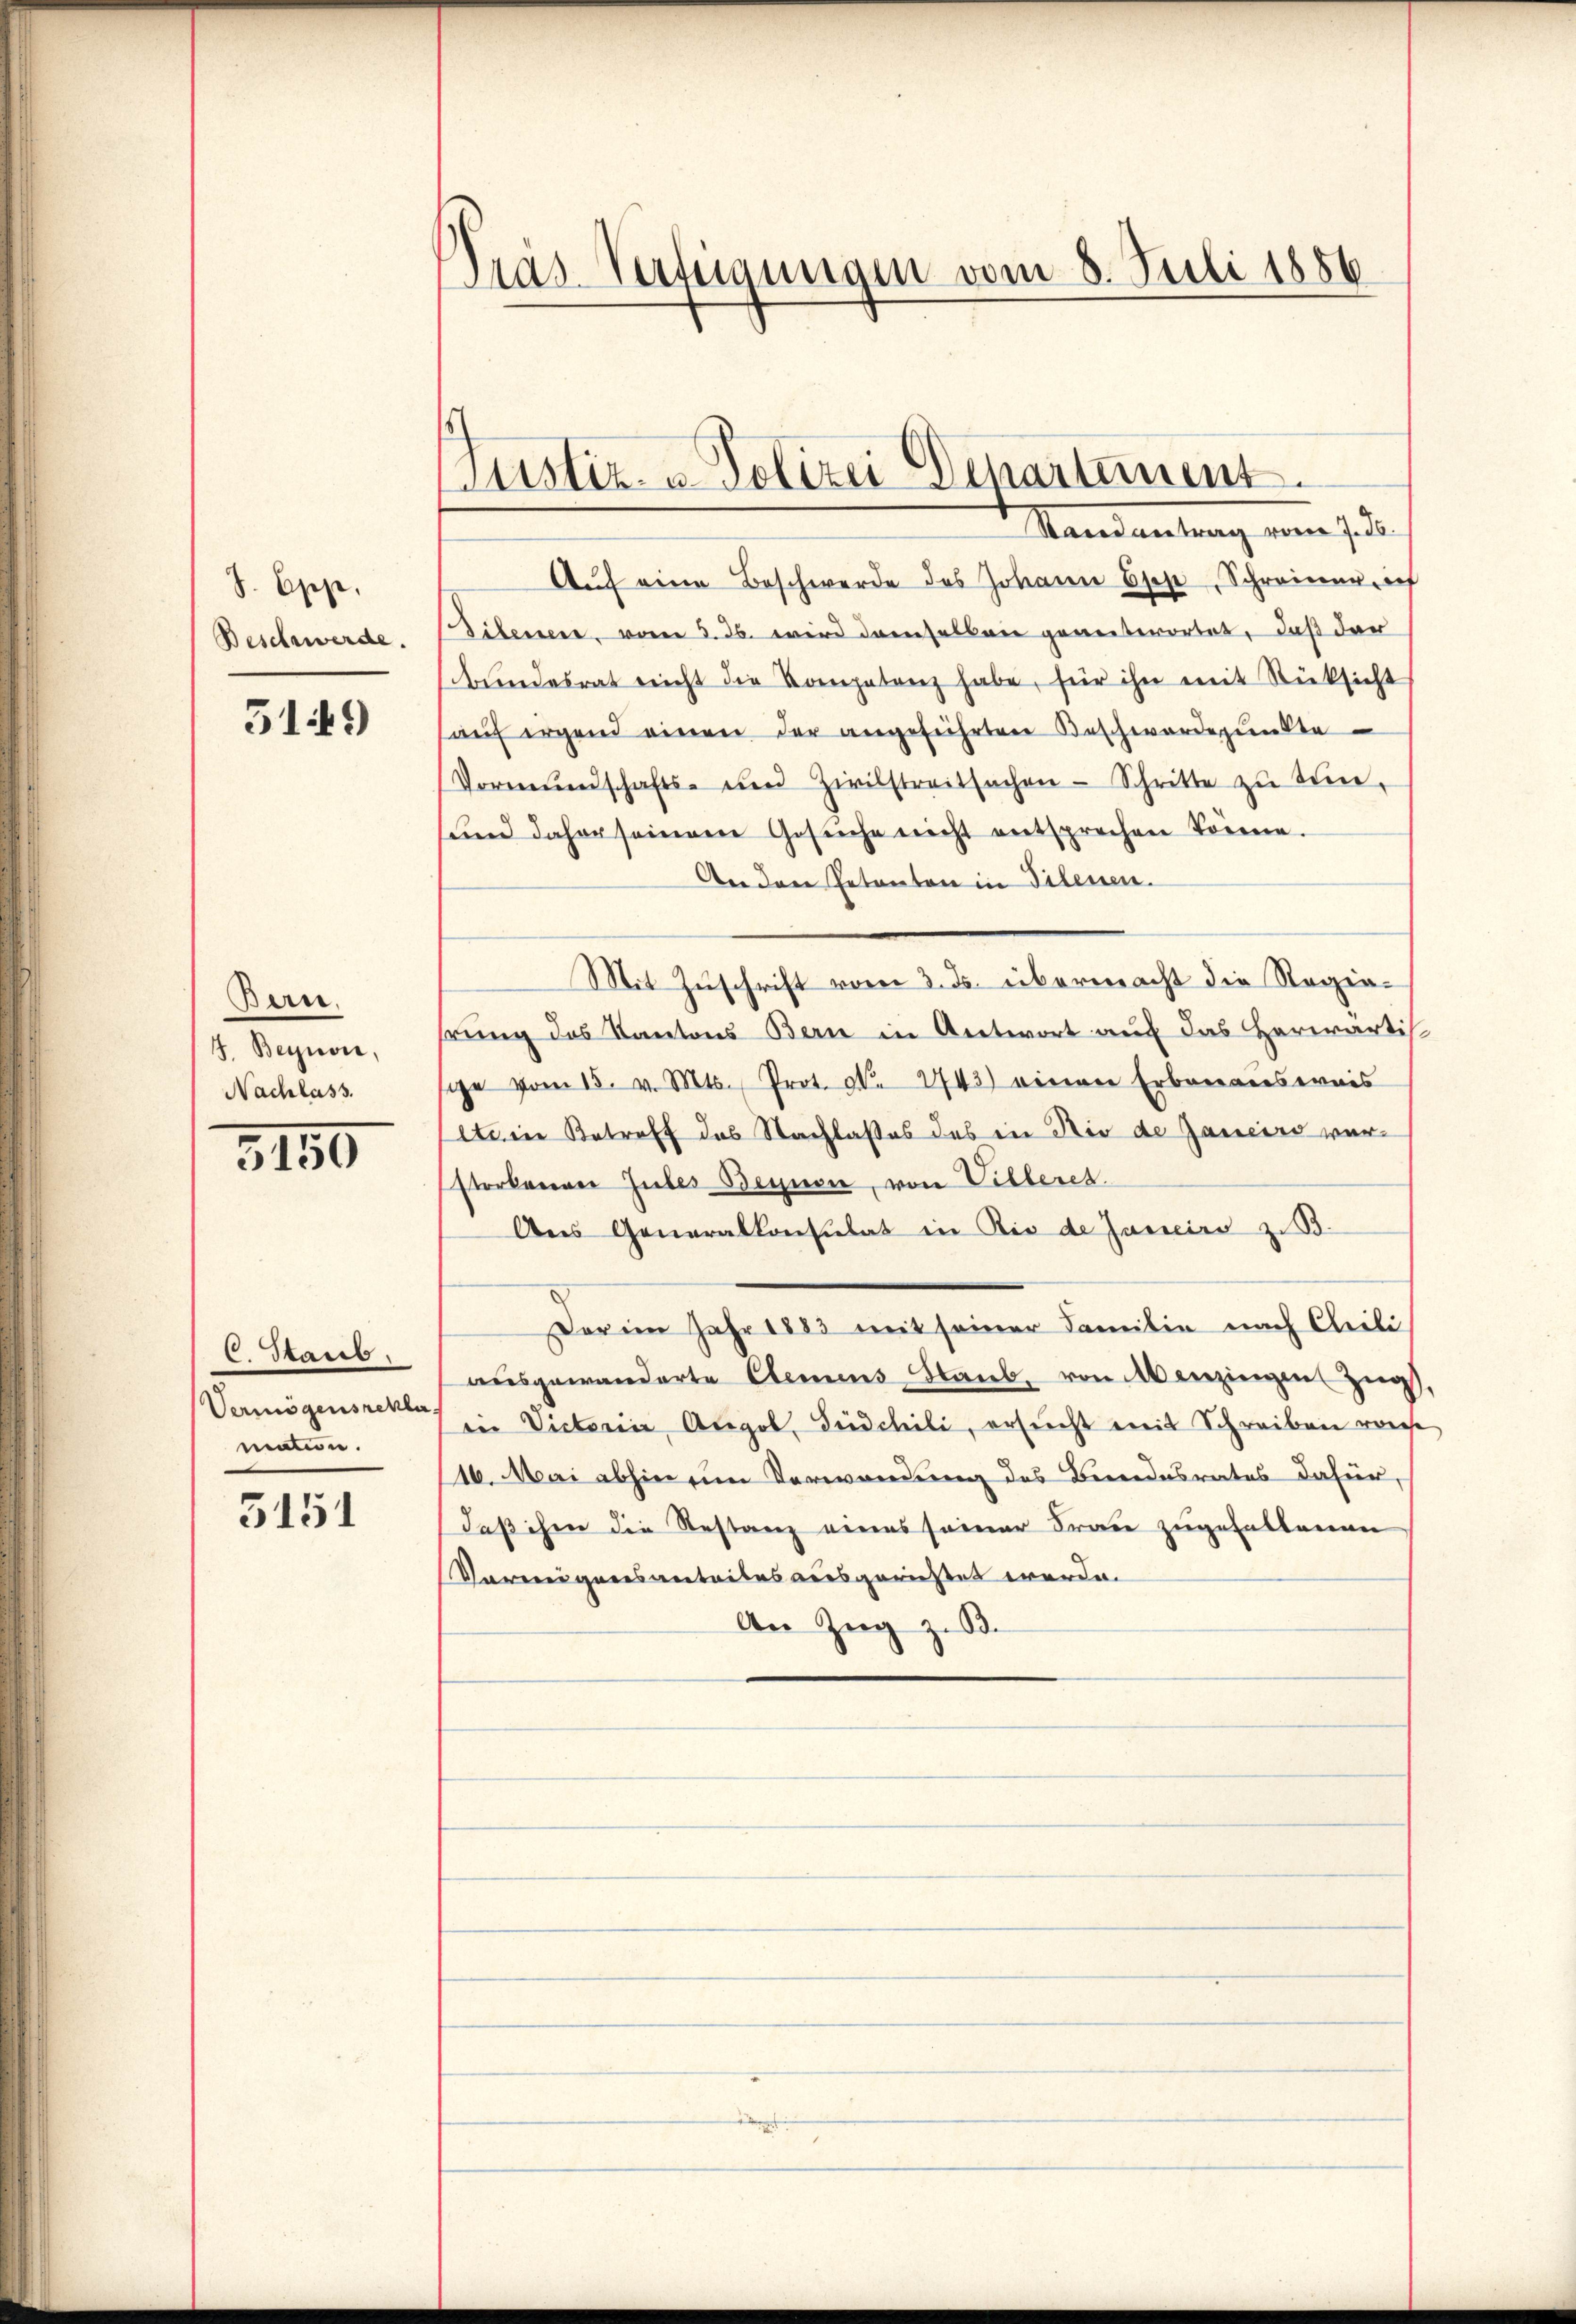
S. Epp.
Beschwerde.

5141)

Bern.
J. Beynor,
Nachlass.

3150

C. Staub
Vermögensrekla
matin.

5151

Gras Verfügungen vom 8. Juli 1886

Justiz- u. Polizei Departement
Mandantung vom 7.

Auf eine Beschwerde des Johann Oser, Schreinen, ich
Silenen vom 3. 36. wird demselben geantwortet, daß dar
bŭndesrat nicht die Kompetenz habe, für ihn mit Rücksicht
auf irgend einen der angeführten Beschwordepunkte
Vormŭndschafts- und Zivilstreitsachen- Schritte zŭ seine,
sund daher seinem Gesŭche nicht entsprechen Tonne.
An den Petenten in Filenen.
Mit Zuschrift vom 3. ds. übermacht die Regiehrung des Kantons Bern in Antwort auf das Herwärtis
sihe vom 15. v. Mts., Prot. N. 2743) einerer Erbauernsweis
lte in Betroff des Nachlasses des in Rio de Janeiro verstorbenen Gutes Begnen, von Villeret.
Ans Generalkonsulat in Rio de Janeiro z. B.
Der im Jahr 1883 mit seiner Familie nach Clieli
ausgewanderte Elemens Staub, von Menzingen Zug,
iin Victorii Angel, Gudchili, ersucht mit Schreiben weise
16. Mai abhin ein Verwendung des Berendesrates dafür,
daß ihm die Restanz eines seiner Frau zugefallenen
Voreneignersanteiles ausgerichtet werde.
An Zŭg z. B.